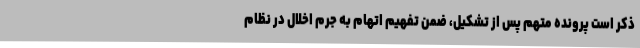
ذکر است پرونده متهم پس از تشکیل، ضمن تفهیم اتهام به جرم اخلال در نظام